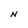
Character: N